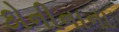
કોનીનાના